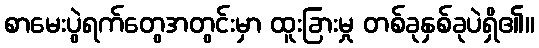
စာမေးပွဲရက်တွေအတွင်းမှာ ထူးခြားမှု တစ်ခုနှစ်ခုပဲရှိ၏။